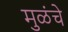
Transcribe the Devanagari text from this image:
मुळंचे